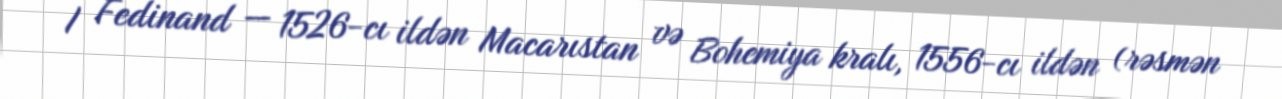
I Fedinand — 1526-cı ildən Macarıstan və Bohemiya kralı, 1556-cı ildən (rəsmən